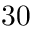
3 0